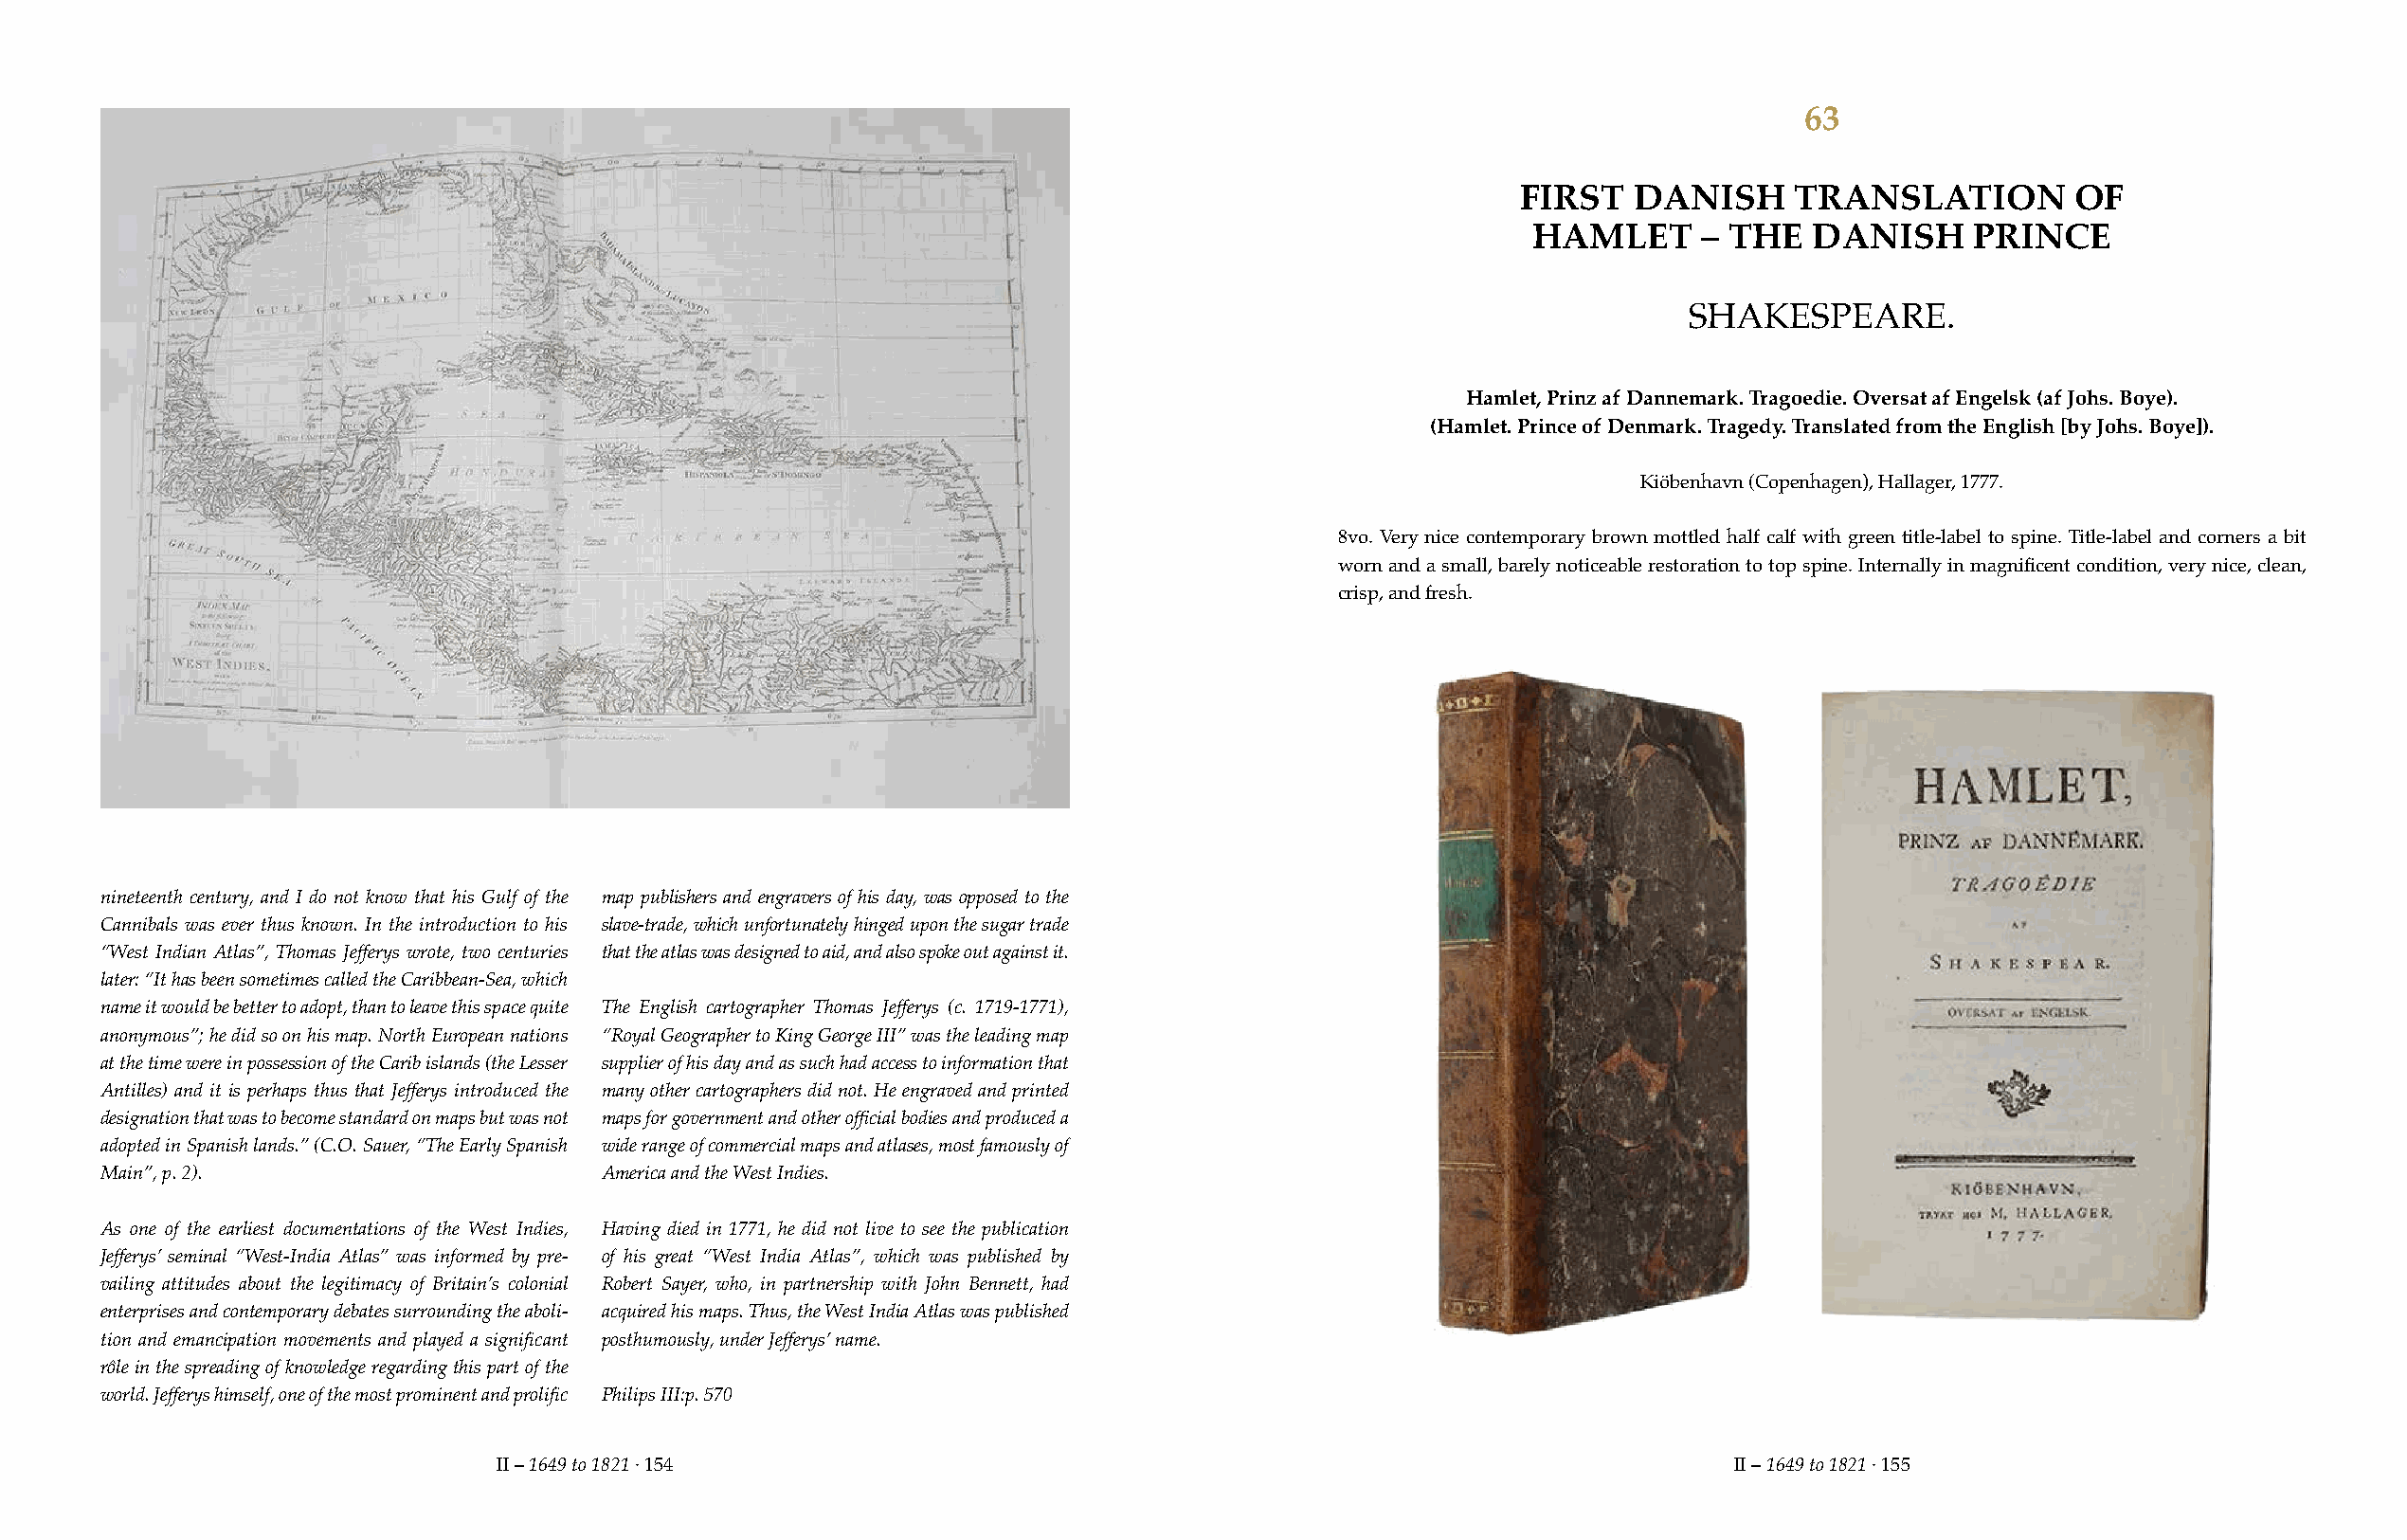
63
 FIRST   DANISH     TRANSLATION         OF
 HAMLET      – THE   DANISH     PRINCE
 SHAKESPEARE.
 Hamlet, Prinz af Dannemark. Tragoedie. Oversat af Engelsk (af Johs. Boye).
 (Hamlet. Prince of Denmark. Tragedy. Translated from the English [by Johs. Boye]).
 Kiöbenhavn (Copenhagen), Hallager, 1777.
 8vo. Very nice contemporary brown mottled half calf with green title-label to spine. Title-label and corners a bit
 worn and a small, barely noticeable restoration to top spine. Internally in magnificent condition, very nice, clean,
 crisp, and fresh.
 nineteenth century, and I do not know that his Gulf of the map publishers and engravers of his day, was opposed to the
 Cannibals was ever thus known. In the introduction to his slave-trade, which unfortunately hinged upon the sugar trade
 “West Indian Atlas”, Thomas Jefferys wrote, two centuries that the atlas was designed to aid, and also spoke out against it.
 later: “It has been sometimes called the Caribbean-Sea, which
 name it would be better to adopt, than to leave this space quite The English cartographer Thomas Jefferys (c. 1719-1771),
 anonymous”; he did so on his map. North European nations “Royal Geographer to King George III” was the leading map
 at the time were in possession of the Carib islands (the Lesser supplier of his day and as such had access to information that
 Antilles) and it is perhaps thus that Jefferys introduced the many other cartographers did not. He engraved and printed
 designation that was to become standard on maps but was not maps for government and other official bodies and produced a
 adopted in Spanish lands.” (C.O. Sauer, “The Early Spanish wide range of commercial maps and atlases, most famously of
 Main”, p. 2).                      America and the West Indies.
 As one of the earliest documentations of the West Indies, Having died in 1771, he did not live to see the publication
 Jefferys’ seminal “West-India Atlas” was informed by pre- of his great “West India Atlas”, which was published by
 vailing attitudes about the legitimacy of Britain’s colonial Robert Sayer, who, in partnership with John Bennett, had
 enterprises and contemporary debates surrounding the aboli- acquired his maps. Thus, the West India Atlas was published
 tion and emancipation movements and played a significant posthumously, under Jefferys’ name.
 rôle in the spreading of knowledge regarding this part of the
 world. Jefferys himself, one of the most prominent and prolific Philips III:p. 570
 II – 1649 to 1821 · 154                                                               II – 1649 to 1821 · 155